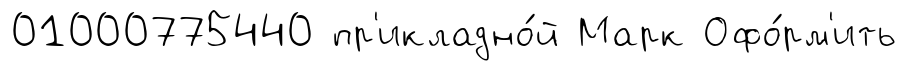
01000775440 пр'икладно́й Марк Офо́рм'ить